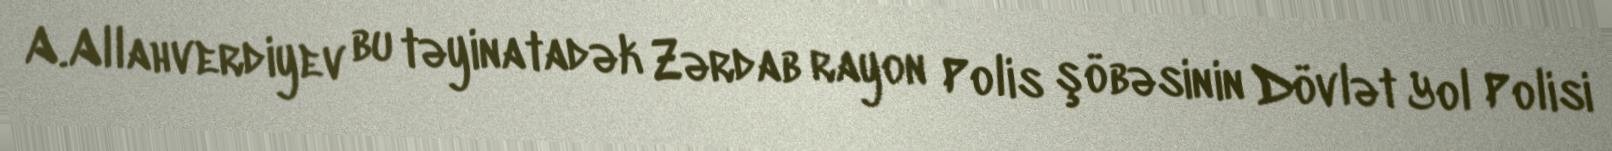
A.Allahverdiyev bu təyinatadək Zərdab rayon Polis şöbəsinin Dövlət Yol Polisi